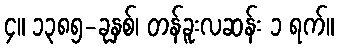
၄။ ၁၃၈၅-ခုနှစ်၊ တန်ခူးလဆန်း ၁ ရက်။